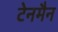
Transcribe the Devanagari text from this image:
टेनमैन